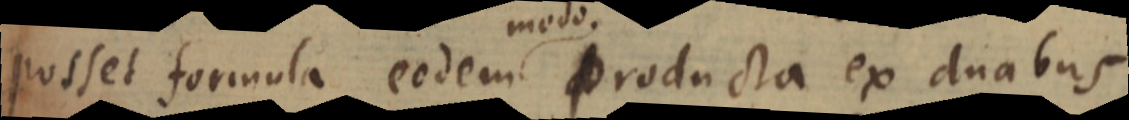
posset formula eodem producta ex duabus